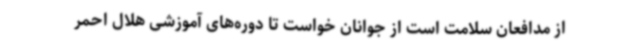
از مدافعان سلامت است از جوانان خواست تا دوره‌های آموزشی هلال احمر